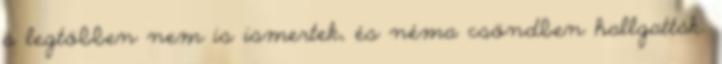
a legtöbben nem is ismertek, és néma csöndben hallgatták.